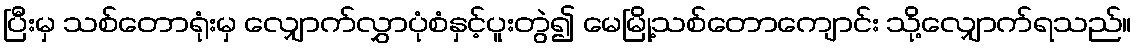
ပြီးမှ သစ်တောရုံးမှ လျှောက်လွှာပုံစံနှင့်ပူးတွဲ၍ မေမြို့သစ်တောကျောင်း သို့လျှောက်ရသည်။